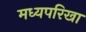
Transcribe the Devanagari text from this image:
मध्यपरिखा